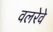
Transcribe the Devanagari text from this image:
वलरेवे